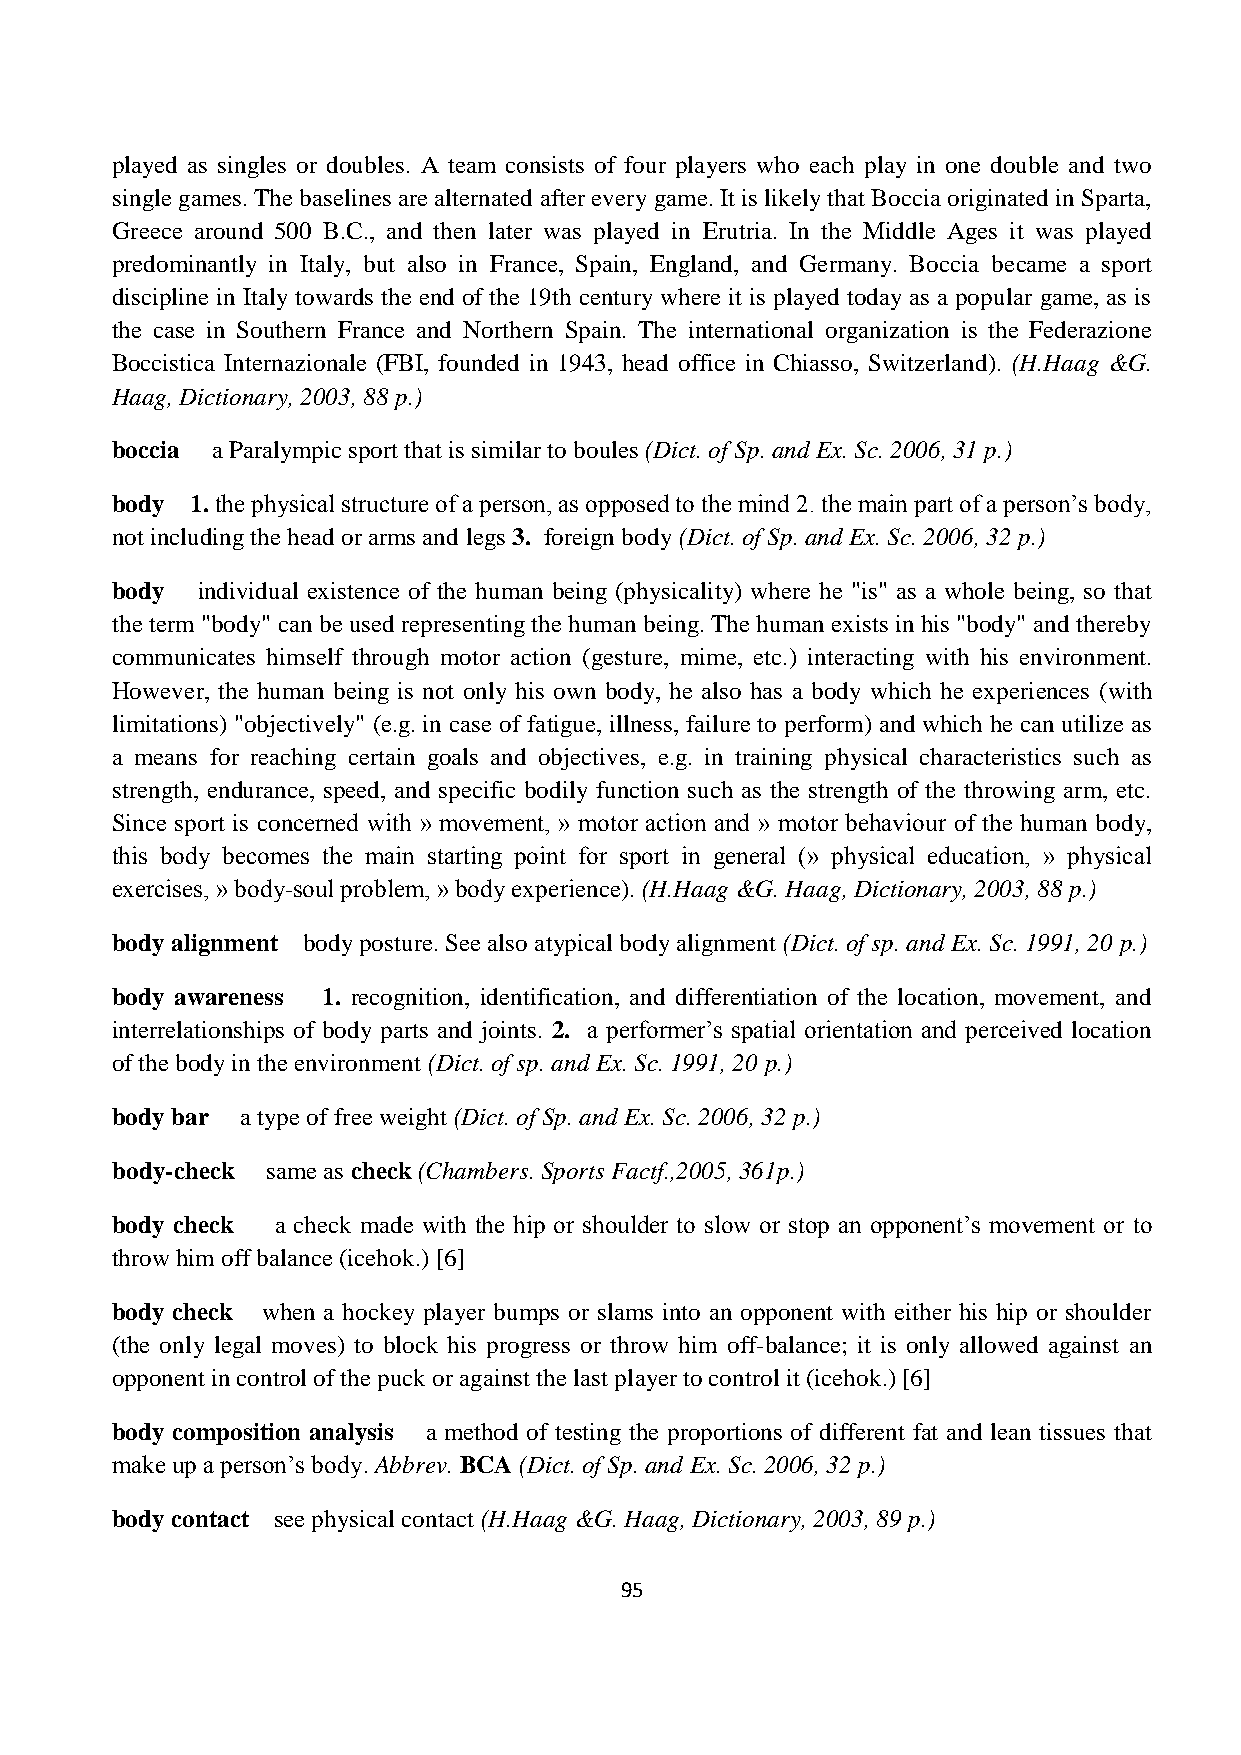
played as singles or doubles. A team consists of four players who each play in one double and two
 single games. The baselines are alternated after every game. It is likely that Boccia originated in Sparta,
 Greece around 500 B.C., and then later was played in Erutria. In the Middle Ages it was played
 predominantly in Italy, but also in France, Spain, England, and Germany. Boccia became a sport
 discipline in Italy towards the end of the 19th century where it is played today as a popular game, as is
 the case in Southern France and Northern Spain. The international organization is the Federazione
 Boccistica Internazionale (FBI, founded in 1943, head office in Chiasso, Switzerland). (H.Haag &G.
 Haag, Dictionary, 2003, 88 p.)
 boccia a Paralympic sport that is similar to boules (Dict. of Sp. and Ex. Sc. 2006, 31 p.)
 body  1. the physical structure of a person, as opposed to the mind 2. the main part of a person’s body,
 not including the head or arms and legs 3. foreign body (Dict. of Sp. and Ex. Sc. 2006, 32 p.)
 body  individual existence of the human being (physicality) where he "is" as a whole being, so that
 the term "body" can be used representing the human being. The human exists in his "body" and thereby
 communicates himself through motor action (gesture, mime, etc.) interacting with his environment.
 However, the human being is not only his own body, he also has a body which he experiences (with
 limitations) "objectively" (e.g. in case of fatigue, illness, failure to perform) and which he can utilize as
 a means for reaching certain goals and objectives, e.g. in training physical characteristics such as
 strength, endurance, speed, and specific bodily function such as the strength of the throwing arm, etc.
 Since sport is concerned with » movement, » motor action and » motor behaviour of the human body,
 this body becomes the main starting point for sport in general (» physical education, » physical
 exercises, » body-soul problem, » body experience). (H.Haag &G. Haag, Dictionary, 2003, 88 p.)
 body alignment body posture. See also atypical body alignment (Dict. of sp. and Ex. Sc. 1991, 20 p.)
 body awareness 1. recognition, identification, and differentiation of the location, movement, and
 interrelationships of body parts and joints. 2. a performer’s spatial orientation and perceived location
 of the body in the environment (Dict. of sp. and Ex. Sc. 1991, 20 p.)
 body bar a type of free weight (Dict. of Sp. and Ex. Sc. 2006, 32 p.)
 body-check same as check (Chambers. Sports Factf.,2005, 361p.)
 body check a check made with the hip or shoulder to slow or stop an opponent’s movement or to
 throw him off balance (icehok.) [6]
 body check when a hockey player bumps or slams into an opponent with either his hip or shoulder
 (the only legal moves) to block his progress or throw him off-balance; it is only allowed against an
 opponent in control of the puck or against the last player to control it (icehok.) [6]
 body composition analysis a method of testing the proportions of different fat and lean tissues that
 make up a person’s body. Abbrev. BCA (Dict. of Sp. and Ex. Sc. 2006, 32 p.)
 body contact see physical contact (H.Haag &G. Haag, Dictionary, 2003, 89 p.)
 95